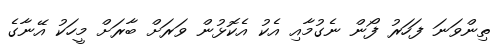
ތިންވަނަ ފަހަރު ފޯން ނެގުމާއި އެކު އެކޮޅުން ވަރަށް ބާރަށް މީހަކު އޭނާގެ